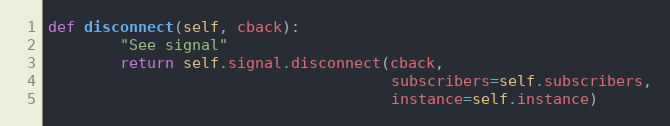
Language: Python
def disconnect(self, cback):
        "See signal"
        return self.signal.disconnect(cback,
                                      subscribers=self.subscribers,
                                      instance=self.instance)